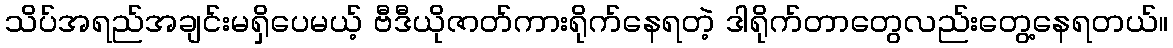
သိပ်အရည်အချင်းမရှိပေမယ့် ဗီဒီယိုဇာတ်ကားရိုက်နေရတဲ့ ဒါရိုက်တာတွေလည်းတွေ့နေရတယ်။